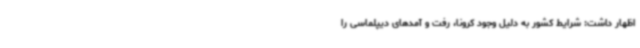
اظهار داشت: شرایط کشور به دلیل وجود کرونا، رفت و آمدهای دیپلماسی را